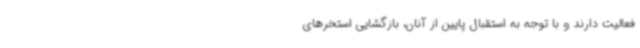
فعالیت دارند و با توجه به استقبال پایین از آنان، بازگشایی استخرهای